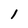
Character: 1